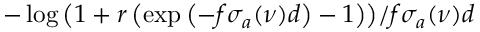
- \log { \left( 1 + r \left( \exp { \left( - f \sigma _ { a } ( \nu ) d \right) } - 1 \right) \right) } / f \sigma _ { a } ( \nu ) d